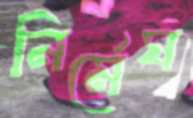
নির্মেঘ